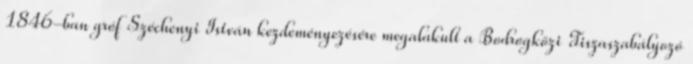
1846-ban gróf Széchenyi István kezdeményezésére megalakult a Bodrogközi Tiszaszabályozó